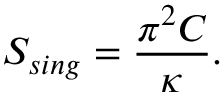
S _ { s i n g } = { \frac { \pi ^ { 2 } C } { \kappa } } .